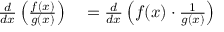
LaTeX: \begin{array} { r l } { { \frac { d } { d x } } \left( { \frac { f ( x ) } { g ( x ) } } \right) } & { { } = { \frac { d } { d x } } \left( f ( x ) \cdot { \frac { 1 } { g ( x ) } } \right) } \end{array}